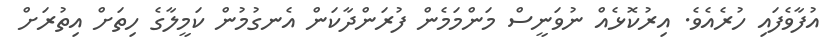
އުފާވެފައި ހުރެއެވެ. އިރުކޮޅެއް ނުވަނީސް މަންމަމެން ފުރަންދާކަން އެނގުމުން ކަމީލާގެ ހިތަށް އިތުރަށް